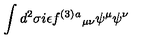
\int d ^ { 2 } \sigma i \epsilon f ^ { ( 3 ) } { } ^ { a } { } _ { \mu \nu } \psi ^ { \mu } \psi ^ { \nu }